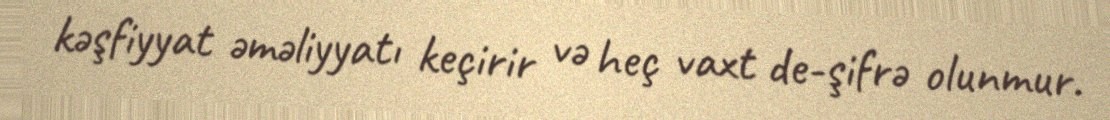
kəşfiyyat əməliyyatı keçirir və heç vaxt de-şifrə olunmur.